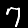
Digit: 7